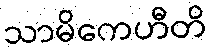
သာမိကေဟီတိ